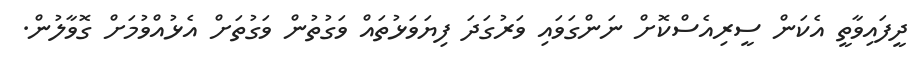
ދީފައިވާތީ އެކަން ސީރިއެސްކޮށް ނަންގަވައި ވަރުގަދަ ފިޔަވަޅުތައް ވަގުތުން ވަގުތަށް އެޅުއްވުމަށް ގޮވާލުން.